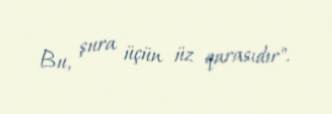
Bu, şura üçün üz qarasıdır".